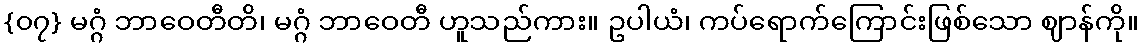
{၀၇} မဂ္ဂံ ဘာဝေတီတိ၊ မဂ္ဂံ ဘာဝေတီ ဟူသည်ကား။ ဥပါယံ၊ ကပ်ရောက်ကြောင်းဖြစ်သော ဈာန်ကို။